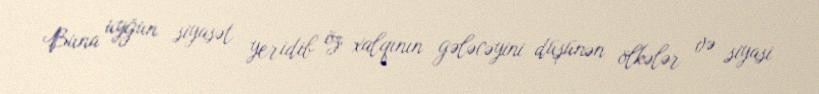
Buna uyğun siyasət yeridib öz xalqının gələcəyini düşünən ölkələr və siyasi